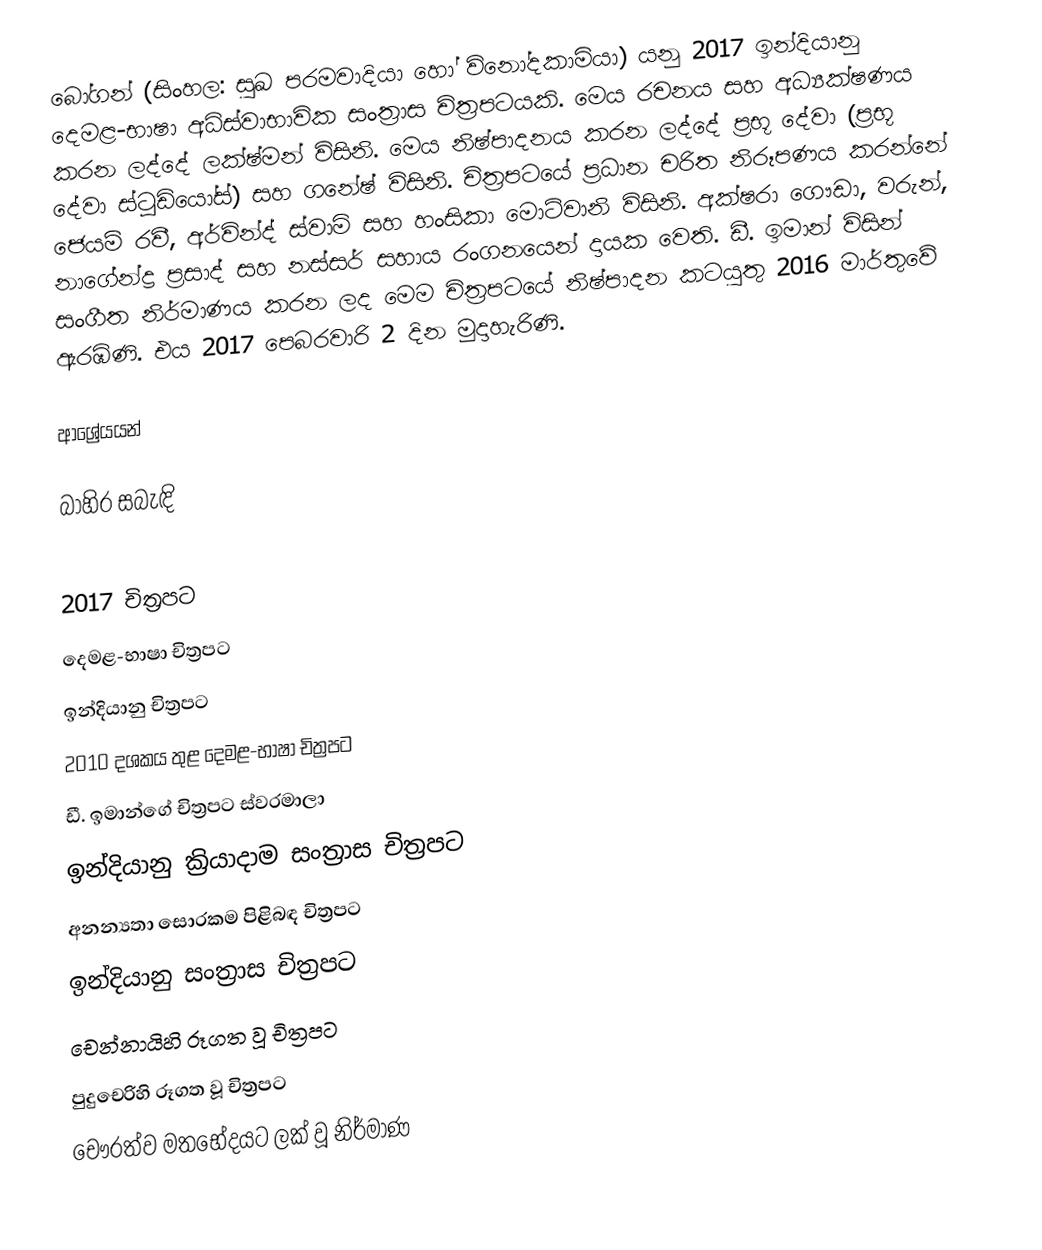
බෝගන් (සිංහල: සුඛ පරමවාදියා හෝ විනෝදකාමියා) යනු 2017 ඉන්දියානු දෙමළ-භාෂා අධිස්වාභාවික සංත්‍රාස චිත්‍රපටයකි. මෙය රචනය සහ අධ්‍යක්ෂණය කරන ලද්දේ ලක්ෂ්මන් විසිනි. මෙය නිෂ්පාදනය කරන ලද්දේ ප්‍රභූ දේවා (ප්‍රභූ දේවා ස්ටූඩියෝස්) සහ ගනේෂ් විසිනි. චිත්‍රපටයේ ප්‍රධාන චරිත නිරූපණය කරන්නේ ජෙයම් රවී, අර්වින්ද් ස්වාමි සහ හංසිකා මොට්වානි විසිනි. අක්ෂරා ගෞඩා, වරුන්, නාගේන්ද්‍ර ප්‍රසාද් සහ නස්සර් සහාය රංගනයෙන් දායක වෙති. ඩී. ඉමාන් විසින් සංගීත නිර්මාණය කරන ලද මෙම චිත්‍රපටයේ නිෂ්පාදන කටයුතු 2016 මාර්තුවේ ඇරඹිණි. එය 2017 පෙබරවාරි 2 දින මුදාහැරිණි.

ආශ්‍රේයයන්

බාහිර සබැඳි

2017 චිත්‍රපට
දෙමළ-භාෂා චිත්‍රපට
ඉන්දියානු චිත්‍රපට
2010 දශකය තුළ දෙමළ-භාෂා චිත්‍රපට
ඩී. ඉමාන්ගේ චිත්‍රපට ස්වරමාලා
ඉන්දියානු ක්‍රියාදාම සංත්‍රාස චිත්‍රපට
අනන්‍යතා සොරකම පිළිබඳ චිත්‍රපට
ඉන්දියානු සංත්‍රාස චිත්‍රපට
චෙන්නායිහි රූගත වූ චිත්‍රපට
පුදුචෙරිහි රූගත වූ චිත්‍රපට
චෞරත්ව මතභේදයට ලක් වූ නිර්මාණ